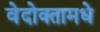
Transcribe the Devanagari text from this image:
वेदोक्तामधे